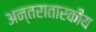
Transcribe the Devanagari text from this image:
अन्तरातारकीय